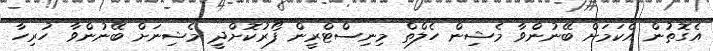
އެގޮތުން އެކަމަށް ބޭނުންވާ މެޝިން ހެލްތް މިނިސްޓްރީން ފޯރުކޮށްދީ މެޝިނަށް ބޭނުންވާ ހުރިހާ